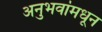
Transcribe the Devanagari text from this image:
अनुभवांमधून